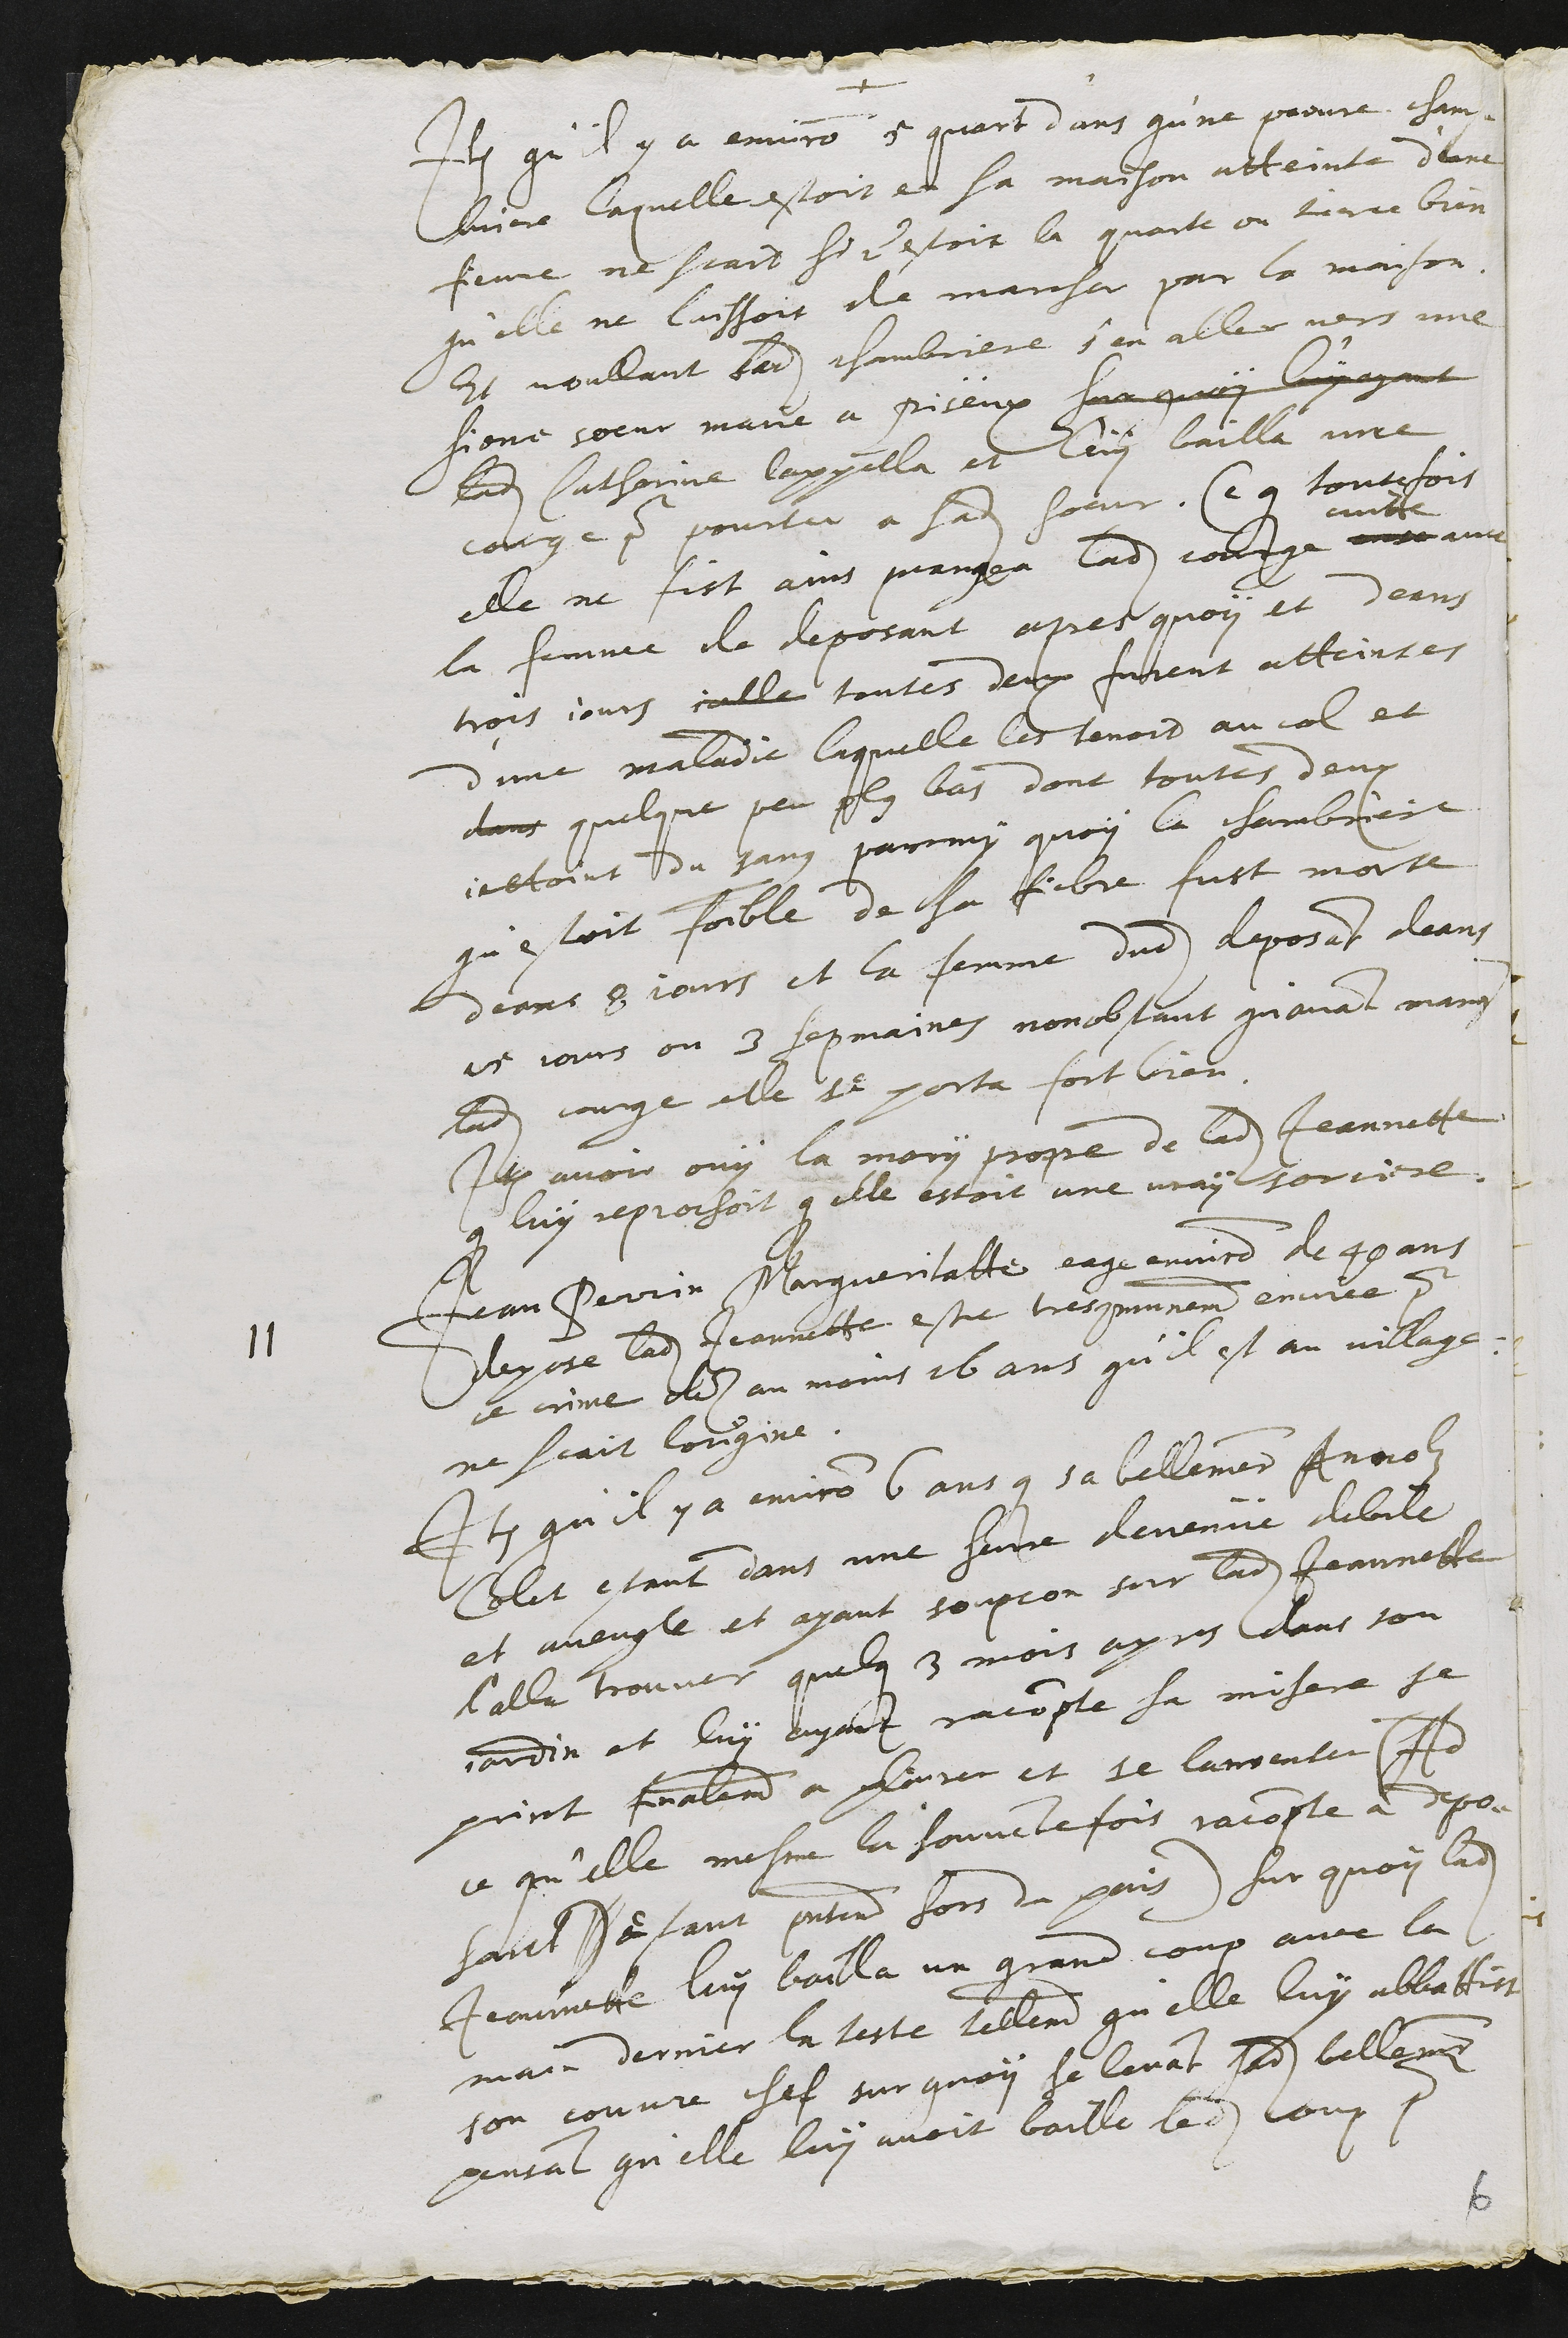
Item qu'il y a environ 5 quart d'ans qu'ne peouvre cham-
briere laquelle estoit en sa maison atteinte d'une
fievre ne scait si c'estoit la quarte ou tierce bien
qu'elle ne laissoit de marcher par la maison
Et voullant ladite chambriere s'en aller vers une
siene soeur marie à Pisëux sur quoy luy ayant
ladite Catherine lappella et luy bailla une
courge pour pourter a sadite soeur. Ce que toutefois
elle ne fist ains mangea ladite courge avec
cuitte
avec
la femme de deposant apres quoy et deans
trois jours icelle toutes deux furent atteintes
d'une maladie laquelle les tenoit au col et
dans quelque peu plus bas dont toutes deux
jettoint du sang parmy quoy la chambriere
qui estoit foible de sa fiebre fust morte
deans 8 jours et la femme dudit deposant deans
15 jours ou 3 sepmaines nonobstant qu'avant manger
ladite courge elle se porta fort bien.
Item avoir ouy le mary propre de ladite Jeannette
qui luy reprochoit que elle estoit une vray sorciere.
depose ladite Jeannette estre tres communement encriee pour
ce crime des au moins 16 ans qu'il est au village
ne scait lorigine.
11 Jean Perrin Margueritatte eage environ de 40 ans
Item qu'il y a environ 6 ans que sa belle mere Annolz
Colet estant dans une heure devenue debile
et aveugle et ayant soupcon sur ladite Jeannette
l'alla trouver quelques 3 mois apres dans son
jardin et luy ayant racompte sa misere se
print finalement a pleurer et se lamenter (A
ce qu'elle mesme la souventefois racompte a depo-
sant ) estant presentement hors du pais) sur quoy ladite
Jeannette luy bailla un grand coup avec la
main derrier la teste tellement qu'elle luy abbattist
son couvre chef sur quoy se levat sadite belle mere
pensant qu'elle luy avoit baille ledit coup pour